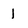
Character: 1